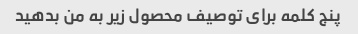
پنج کلمه برای توصیف محصول زیر به من بدهید